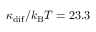
\kappa _ { \mathrm { d i f } } / k _ { \mathrm { B } } T = 2 3 . 3